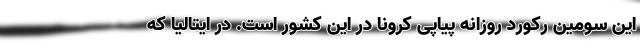
این سومین رکورد روزانه پیاپی کرونا در این کشور است. در ایتالیا که